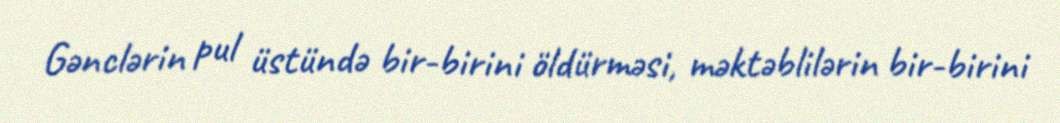
Gənclərin pul üstündə bir-birini öldürməsi, məktəblilərin bir-birini